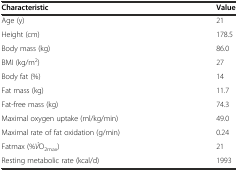
| Characteristic | Value |
 | --- | --- |
 | Age (y) | 21 |
 | Height (cm) | 178.5 |
 | Body mass (kg) | 86.0 |
 | BMI (kg/m2) | 27 |
 | Body fat (%) | 14 |
 | Fat mass (kg) | 11.7 |
 | Fat-free mass (kg) | 74.3 |
 | Maximal oxygen uptake (ml/kg/min) | 49.0 |
 | Maximal rate of fat oxidation (g/min) | 0.24 |
 | Fatmax (%V̇O2max) | 21 |
 | Resting metabolic rate (kcal/d) | 1993 |